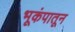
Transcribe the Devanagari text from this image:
भूकंपातून